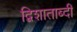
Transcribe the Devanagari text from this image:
द्विशाताब्दी